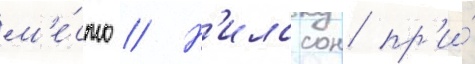
м'е́сто // Н'илссон пр'и́